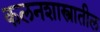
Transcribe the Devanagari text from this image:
कलनशास्त्रातील